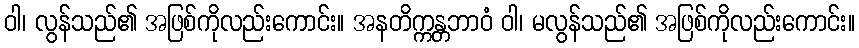
ဝါ၊ လွန်သည်၏ အဖြစ်ကိုလည်းကောင်း။ အနတိက္ကန္တဘာဝံ ဝါ၊ မလွန်သည်၏ အဖြစ်ကိုလည်းကောင်း။